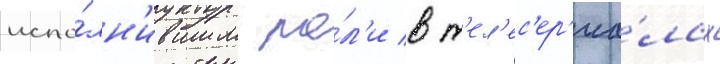
испо́лн'ившим ро́л'и в т'ел'ес'ер'иа́лах